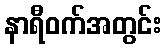
နာရီဝက်အတွင်း